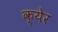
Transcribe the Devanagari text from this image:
क्येर